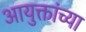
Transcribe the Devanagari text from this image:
आयुक्तांच्या